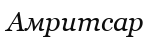
Амритсар